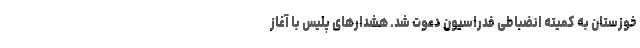
خوزستان به کمیته انضباطی فدراسیون دعوت شد. هشدارهای پلیس با آغاز